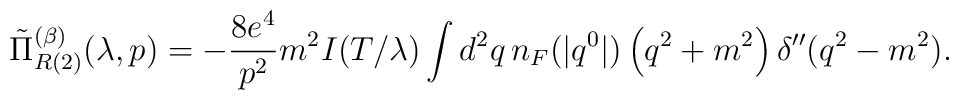
\tilde\Pi_{R{(2)}}^{(\beta)}(\lambda,p) = -\frac{8 e^4}{p^2} m^2 I(T/\lambda)\int d^{2}q\,n_{F}(|q^{0}|) \left(q^{2}+m^2\right)\delta^{\prime\prime}(q^2-m^2).